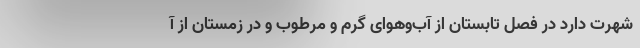
شهرت دارد در فصل تابستان از آب‌وهوای گرم و مرطوب و در زمستان از آ